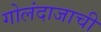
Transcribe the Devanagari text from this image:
गोलंदाजाची